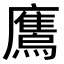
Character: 𫠕